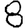
Digit: 8